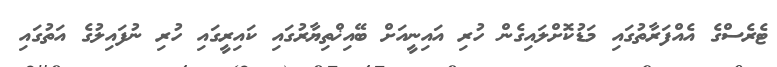
ޓެރެސްގެ އެއްފަރާތުގައި މަޑުކޮށްލައިގެން ހުރި އައިނީއަށް ބޭއިޚްތިޔާރުގައި ކައިރީގައި ހުރި ނުފައިލުގެ އަތުގައި